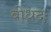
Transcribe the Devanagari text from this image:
बोधदः